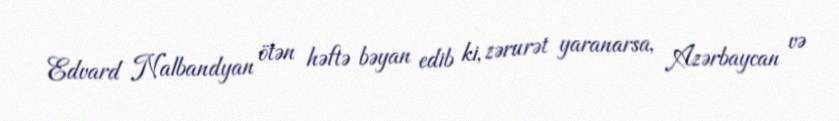
Edvard Nalbandyan ötən həftə bəyan edib ki, zərurət yaranarsa, Azərbaycan və